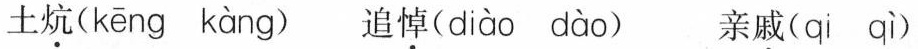
土炕( kēng kàng ) 追悼( diào dào ) 亲戚(qi qì )